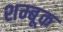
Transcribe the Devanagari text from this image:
शम्बूक